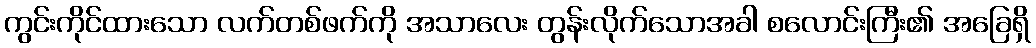
ကွင်းကိုင်ထားသော လက်တစ်ဖက်ကို အသာလေး တွန်းလိုက်သောအခါ စလောင်းကြီး၏ အခြေရှိ